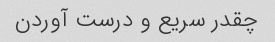
چقدر سریع و درست آوردن